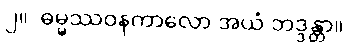
၂။  ဓမ္မဿဝနကာလော အယံ ဘဒ္ဒန္တာ။